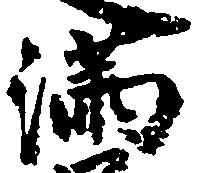
満